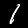
Digit: 1